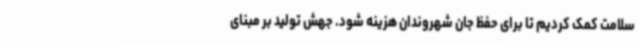
سلامت کمک کردیم تا برای حفظ جان شهروندان هزینه شود. جهش تولید بر مبنای